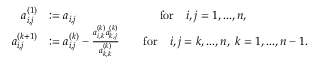
\begin{array} { r l } { a _ { i , j } ^ { ( 1 ) } } & { : = a _ { i , j } \qquad \qquad \qquad \quad \mathrm { f o r } \quad i , j = 1 , . . . , n , } \\ { a _ { i , j } ^ { ( k + 1 ) } } & { : = a _ { i , j } ^ { ( k ) } - \frac { a _ { i , k } ^ { ( k ) } a _ { k , j } ^ { ( k ) } } { a _ { k , k } ^ { ( k ) } } \qquad \mathrm { f o r } \quad i , j = k , . . . , n , \; k = 1 , . . . , n - 1 . } \end{array}